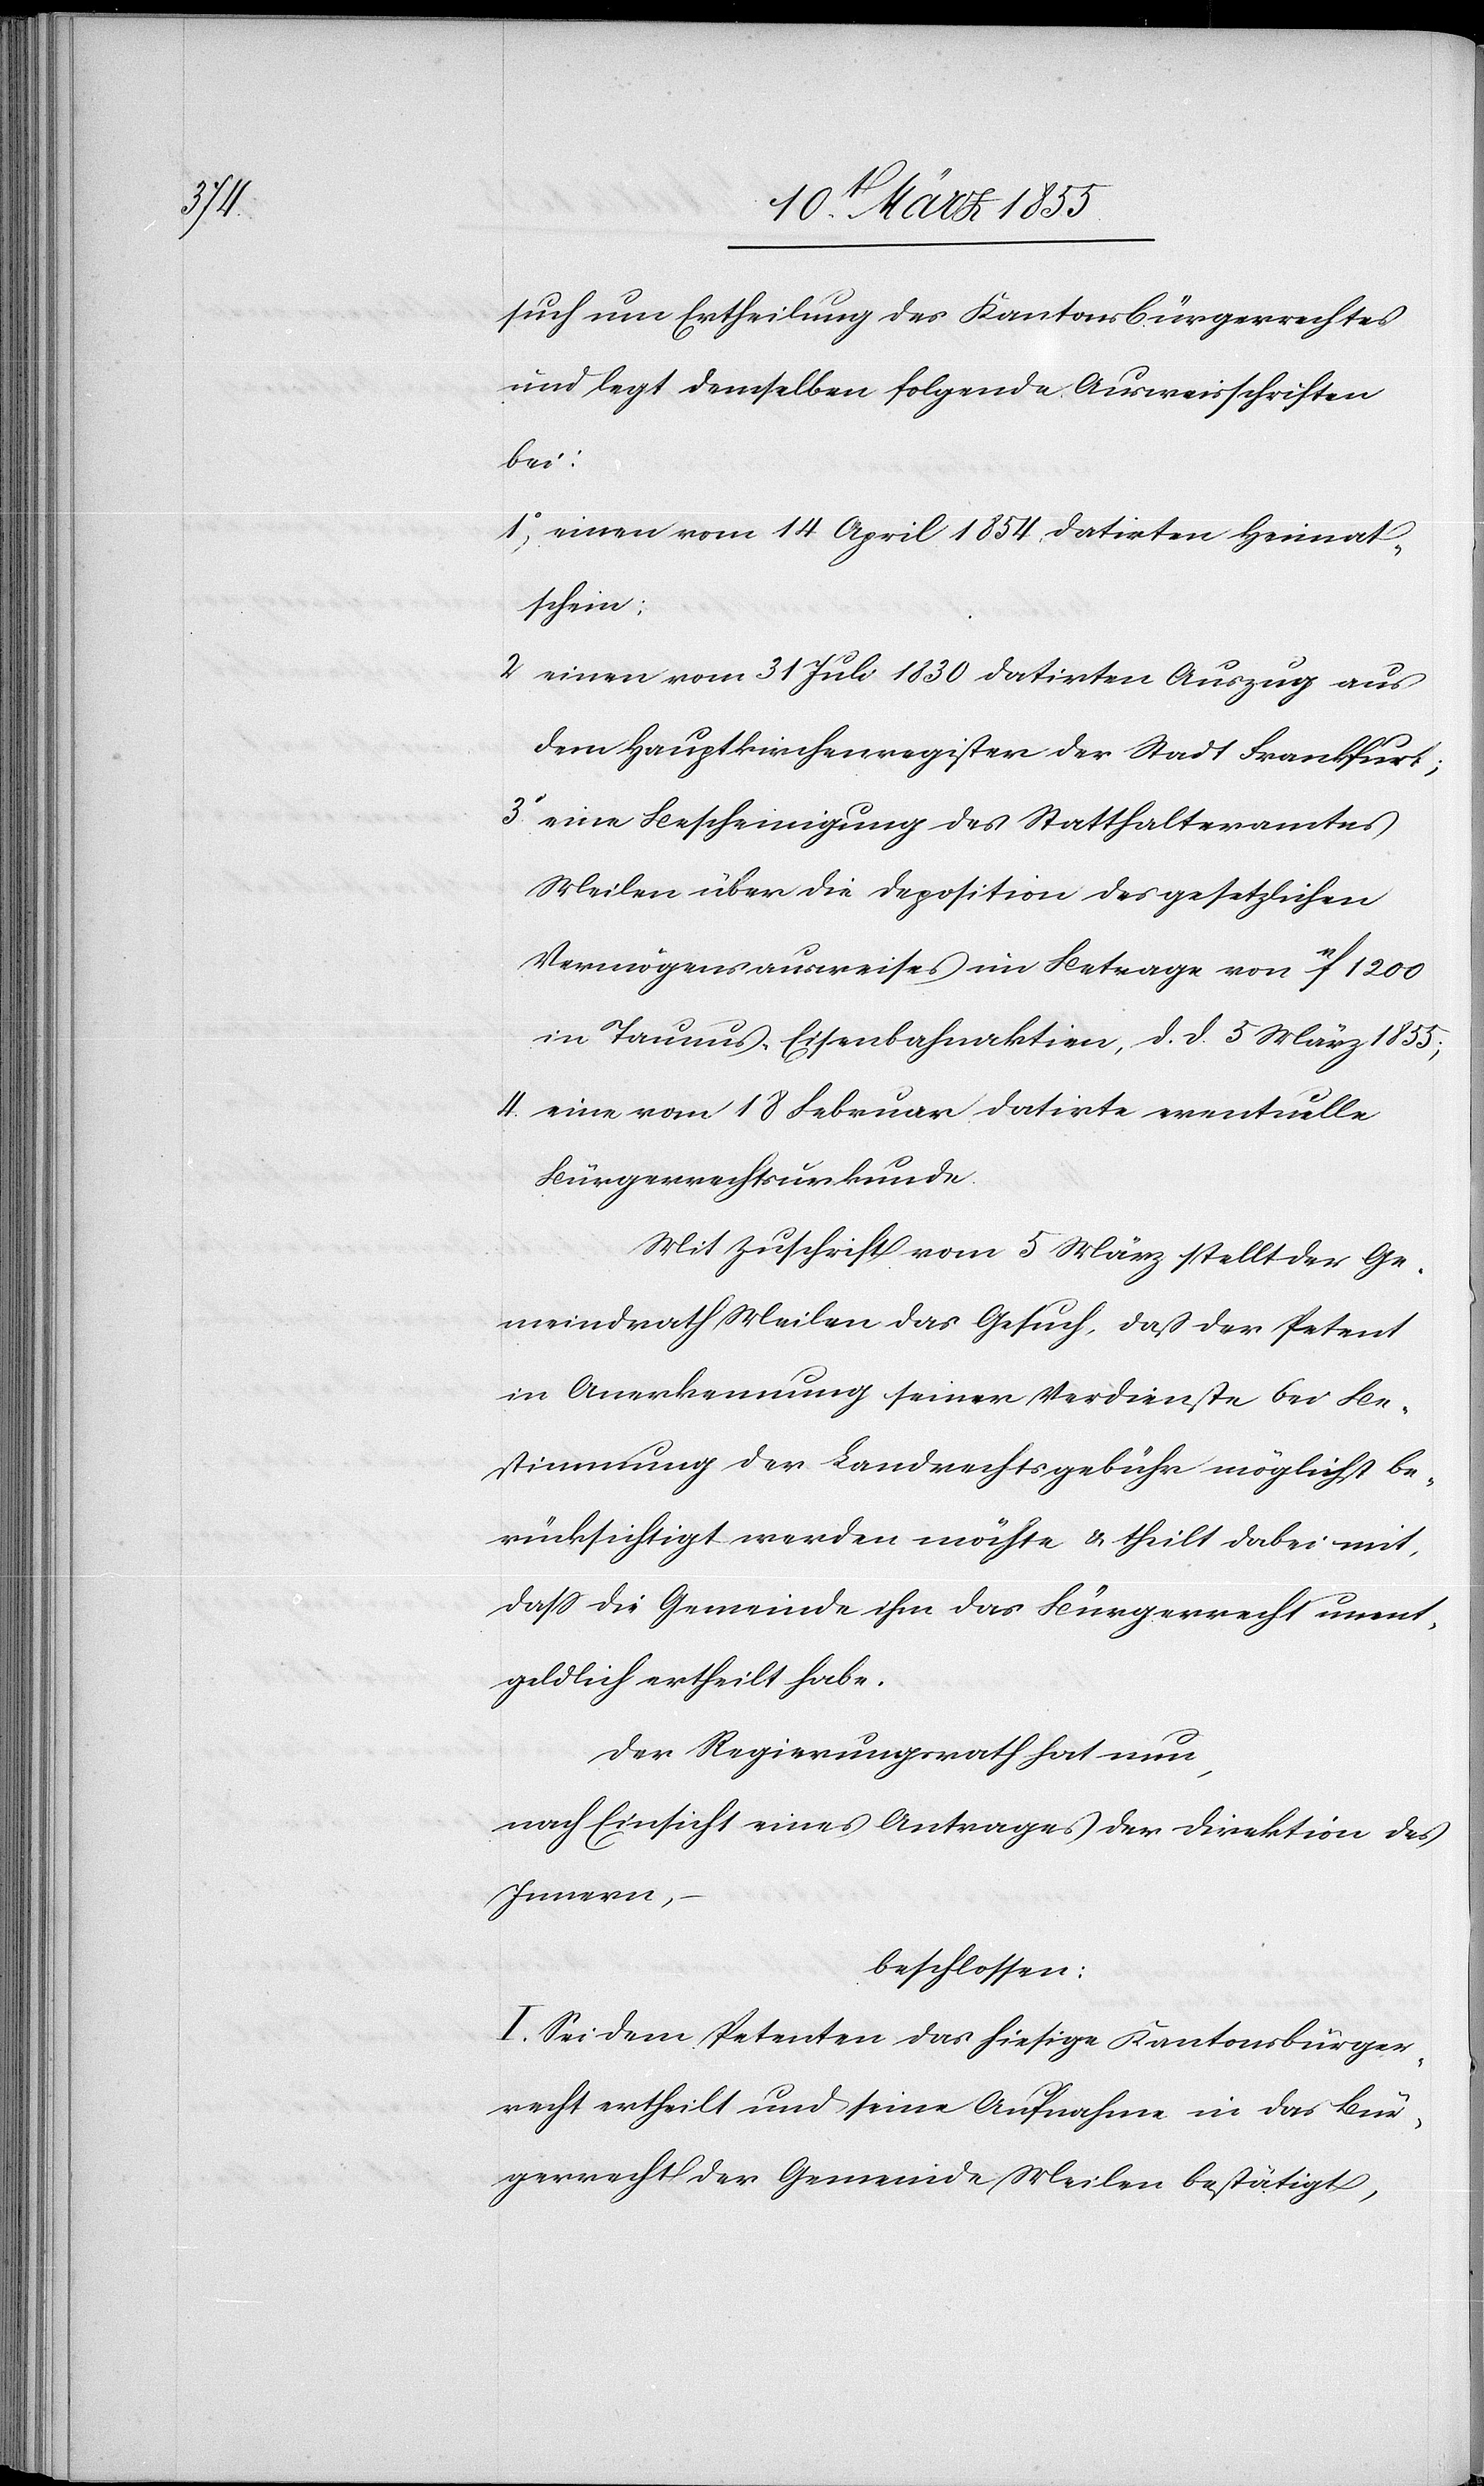
such um Ertheilung des Kantonsbürgerrechtes
und legt demselben folgende Ausweisschriften
bei:
einen vom 14 April 1854 datirten Heimat¬
schein;
4.
einen vom 31 Juli 1830 datirten Auszug aus
dem Hauptkirchenregister der Stadt Frankfurt;
eine Bescheinigung des Statthalteramtes
Meilen über die Deposition des gesetzlichen
Vermögensausweises im Betrage von 1[?2]f.
in Taunus-Eisenbahnaktien, d. d. 5 März 1855;
eine vom 18 Februar datirte eventuelle
Bürgerrechtsurkunde.
Mit Zuschrift vom 5 März stellt der Ge¬
meindrath Meilen das Gesuch, daß der Petent
in Anerkennung seiner Verdienste bei Be¬
stimmung der Landrechtsgebühr möglichst be¬
rücksichtigt werden möchte & theilt dabei mit,
dass die Gemeinde ihm das Bürgerrecht unent¬
geldlich ertheilt habe.
Der Regierungsrath hat nun,
nach Einsicht eines Antrages der Direktion des
Innern,
beschlossen:
I. Sei dem Petenten das hiesige Kantonsbürger¬
recht ertheilt und seine Aufnahme in das Bür¬
gerrecht der Gemeinde Meilen bestätigt,